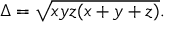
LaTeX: \Delta = { \sqrt { x y z ( x + y + z ) } } .